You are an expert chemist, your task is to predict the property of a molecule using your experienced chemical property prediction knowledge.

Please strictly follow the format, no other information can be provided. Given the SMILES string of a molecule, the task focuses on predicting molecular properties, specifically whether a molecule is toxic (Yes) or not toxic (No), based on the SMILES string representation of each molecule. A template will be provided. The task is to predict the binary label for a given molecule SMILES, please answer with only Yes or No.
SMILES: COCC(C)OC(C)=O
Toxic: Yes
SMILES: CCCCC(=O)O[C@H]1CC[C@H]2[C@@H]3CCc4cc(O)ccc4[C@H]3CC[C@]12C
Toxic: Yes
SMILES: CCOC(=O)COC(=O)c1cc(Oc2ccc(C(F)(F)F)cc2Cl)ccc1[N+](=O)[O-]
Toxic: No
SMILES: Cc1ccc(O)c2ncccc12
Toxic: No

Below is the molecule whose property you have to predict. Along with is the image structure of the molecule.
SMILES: Clc1ccccc1-c1nc(-c2ccncc2)no1
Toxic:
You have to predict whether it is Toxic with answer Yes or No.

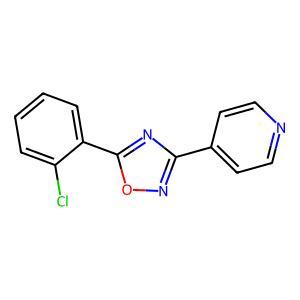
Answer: No